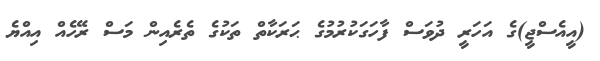
(އީއެސްޖީ)ގެ އަހަރީ ދުވަސް ފާހަގަކުރުމުގެ ޙަރަކާތް ތަކުގެ ތެރެއިން މަސް ރޭހެއް އިއްޔެ